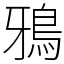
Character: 鴉